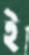
ই